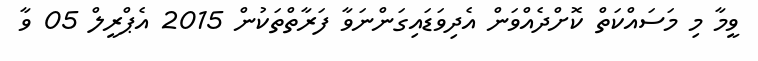
ވީމާ މި މަސައްކަތް ކޮށްދެއްވަން އެދިވަޑައިގަންނަވާ ފަރާތްތަކުން 2015 އެޕްރީލް 05 ވާ